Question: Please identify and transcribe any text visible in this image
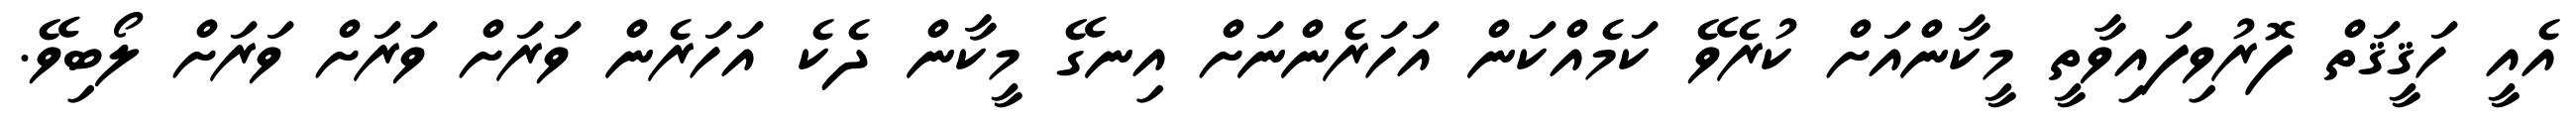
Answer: އެއީ ހަޤީޤަތް ފޮރުވިފައިވާތީ މީކާންއަށް ކުރެވޭ ކަމެއްކަން އަހަރެންނަށް އިނގޭ މީކާން ދެކެ އަހަރެން ވަރަށް ވަރަށް ވަރަށް ލޯބިވޭ.